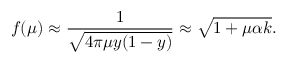
f ( \mu ) \approx \frac { 1 } { \sqrt { 4 \pi \mu y ( 1 - y ) } } \approx \sqrt { 1 + \mu \alpha k } .